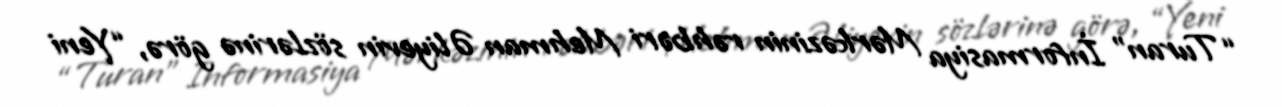
“Turan” İnformasiya Mərkəzinin rəhbəri Mehman Əliyevin sözlərinə görə, “Yeni